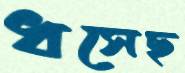
ধসেছ